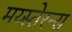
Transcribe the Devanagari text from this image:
मय्स्तेरन्स